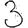
Digit: 3